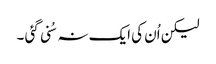
لیکن اُن کی ایک نہ سُنی گئی ۔